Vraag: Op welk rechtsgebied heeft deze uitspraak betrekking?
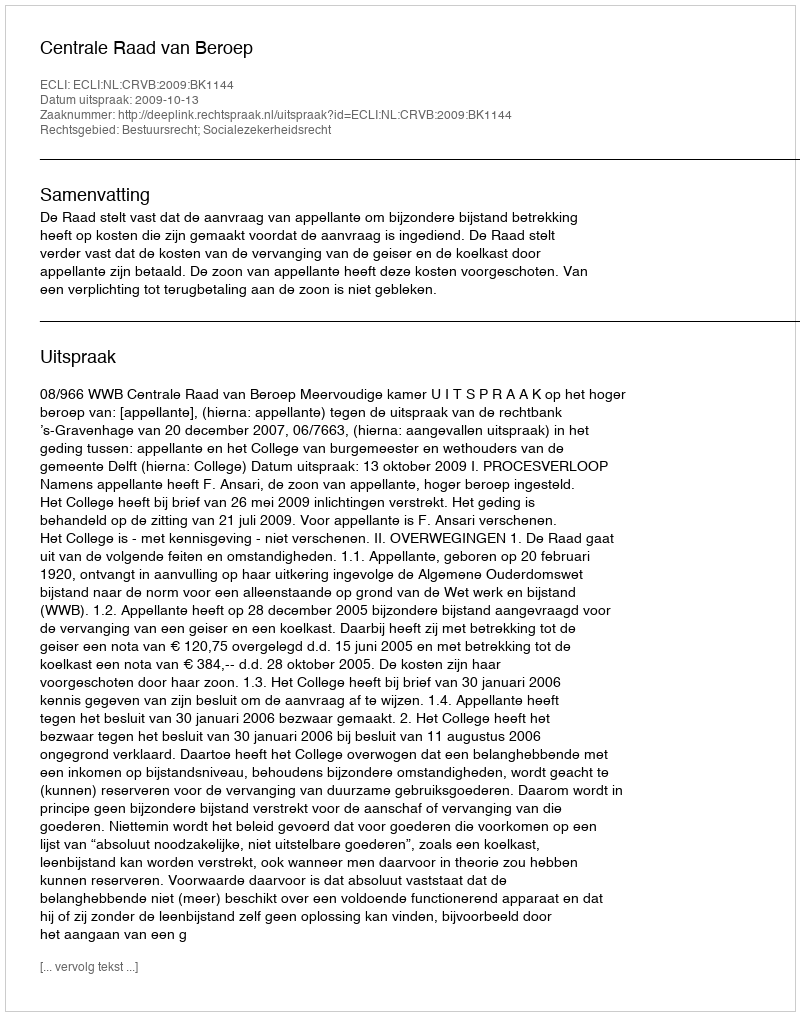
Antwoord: Bestuursrecht; Socialezekerheidsrecht